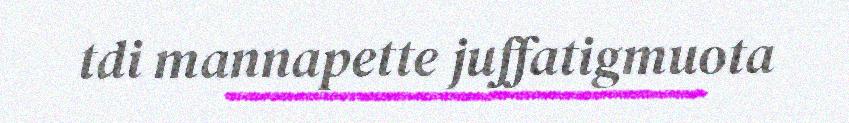
tdi mannapette juffatigmuota